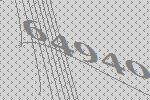
64940